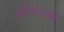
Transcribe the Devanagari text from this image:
क्रीडन्त्यो